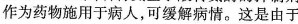
作为药物施用于病人，可缓解病情。这是由于